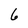
Character: 6